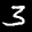
Label: 3